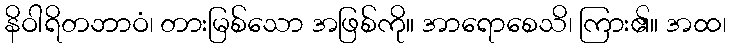
နိဝါရိတဘာဝံ၊ တားမြစ်သော အဖြစ်ကို။ အာရောစေသိ၊ ကြား၏။ အထ၊